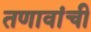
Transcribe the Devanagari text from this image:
तणावांची